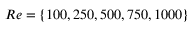
R e = \{ 1 0 0 , 2 5 0 , 5 0 0 , 7 5 0 , 1 0 0 0 \}